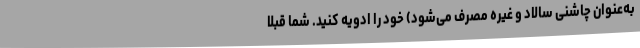
به‌عنوان چاشنی سالاد و غیره مصرف می‌شود) خود را ادویه کنید. شما قبلا